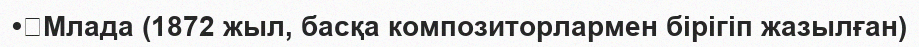
•	Млада (1872 жыл, басқа композиторлармен бірігіп жазылған)